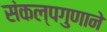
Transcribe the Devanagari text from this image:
संकल्पगुणाने